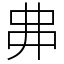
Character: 丳